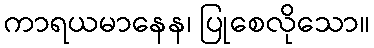
ကာရယမာနေန၊ ပြုစေလိုသော။